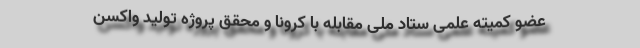
عضو کمیته علمی ستاد ملی مقابله با کرونا و محقق پروژه تولید واکسن